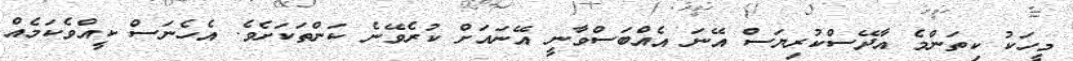
މީހަކު ކިތަންމެ އާދޭސްކުރިޔަސް އޭނަ އެއްބަސްވާނީ އޭނައަށް ކުރެވޭނެ ކަންތަކަށެވެ. އެހެނަސް ކީއްވެކަމެއް